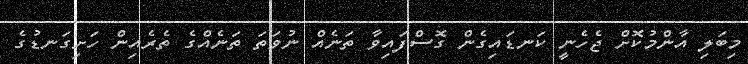
މިބަލި އާންމުކޮށް ޖެހެނީ ކަނޑައިގެން ގޮސްފައިވާ ތަނެއް ނުވަތަ ތަނެއްގެ ތެރެއިން ހަށިގަނޑުގެ